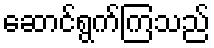
ဆောင်ရွက်ကြသည်